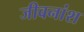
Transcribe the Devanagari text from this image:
जीवनांश